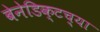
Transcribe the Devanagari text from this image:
बेनेडिक्टच्या